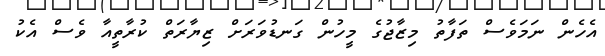
އެހެން ނަމަވެސް ތަފާތު މިޒާޖުގެ މީހުން ގަނޑުވަރަށް ޒިޔާރަތް ކުރާތީއާ ވެސް އެކު